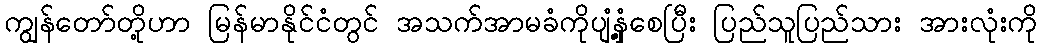
ကျွန်တော်တို့ဟာ မြန်မာနိုင်ငံတွင် အသက်အာမခံကိုပျံ့နှံ့စေပြီး ပြည်သူပြည်သား အားလုံးကို